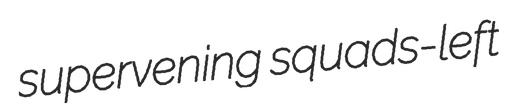
supervening squads-left